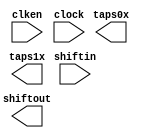
// megafunction wizard: %Shift register (RAM-based)%VBB%
// GENERATION: STANDARD
// VERSION: WM1.0
// MODULE: ALTSHIFT_TAPS 

// ============================================================
// Megafunction Name(s):
// 			ALTSHIFT_TAPS
//
// Simulation Library Files(s):
// 			altera_mf
// ============================================================
// ************************************************************
// THIS IS A WIZARD-GENERATED FILE. DO NOT EDIT THIS FILE!
//
// 20.1.0 Build 711 06/05/2020 SJ Lite Edition
// ************************************************************

//Copyright (C) 2020  Intel Corporation. All rights reserved.
//Your use of Intel Corporation's design tools, logic functions 
//and other software and tools, and any partner logic 
//functions, and any output files from any of the foregoing 
//(including device programming or simulation files), and any 
//associated documentation or information are expressly subject 
//to the terms and conditions of the Intel Program License 
//Subscription Agreement, the Intel Quartus Prime License Agreement,
//the Intel FPGA IP License Agreement, or other applicable license
//agreement, including, without limitation, that your use is for
//the sole purpose of programming logic devices manufactured by
//Intel and sold by Intel or its authorized distributors.  Please
//refer to the applicable agreement for further details, at
//https://fpgasoftware.intel.com/eula.

module Line_Shift_RAM_1Bit (
	clken,
	clock,
	shiftin,
	shiftout,
	taps0x,
	taps1x);

	input	  clken;
	input	  clock;
	input	[0:0]  shiftin;
	output	[0:0]  shiftout;
	output	[0:0]  taps0x;
	output	[0:0]  taps1x;
`ifndef ALTERA_RESERVED_QIS
// synopsys translate_off
`endif
	tri1	  clken;
`ifndef ALTERA_RESERVED_QIS
// synopsys translate_on
`endif

endmodule

// ============================================================
// CNX file retrieval info
// ============================================================
// Retrieval info: PRIVATE: ACLR NUMERIC "0"
// Retrieval info: PRIVATE: CLKEN NUMERIC "1"
// Retrieval info: PRIVATE: GROUP_TAPS NUMERIC "1"
// Retrieval info: PRIVATE: INTENDED_DEVICE_FAMILY STRING "Cyclone IV E"
// Retrieval info: PRIVATE: NUMBER_OF_TAPS NUMERIC "2"
// Retrieval info: PRIVATE: RAM_BLOCK_TYPE NUMERIC "1"
// Retrieval info: PRIVATE: SYNTH_WRAPPER_GEN_POSTFIX STRING "0"
// Retrieval info: PRIVATE: TAP_DISTANCE NUMERIC "640"
// Retrieval info: PRIVATE: WIDTH NUMERIC "1"
// Retrieval info: LIBRARY: altera_mf altera_mf.altera_mf_components.all
// Retrieval info: CONSTANT: INTENDED_DEVICE_FAMILY STRING "Cyclone IV E"
// Retrieval info: CONSTANT: LPM_HINT STRING "RAM_BLOCK_TYPE=M9K"
// Retrieval info: CONSTANT: LPM_TYPE STRING "altshift_taps"
// Retrieval info: CONSTANT: NUMBER_OF_TAPS NUMERIC "2"
// Retrieval info: CONSTANT: TAP_DISTANCE NUMERIC "640"
// Retrieval info: CONSTANT: WIDTH NUMERIC "1"
// Retrieval info: USED_PORT: clken 0 0 0 0 INPUT VCC "clken"
// Retrieval info: USED_PORT: clock 0 0 0 0 INPUT NODEFVAL "clock"
// Retrieval info: USED_PORT: shiftin 0 0 1 0 INPUT NODEFVAL "shiftin[0..0]"
// Retrieval info: USED_PORT: shiftout 0 0 1 0 OUTPUT NODEFVAL "shiftout[0..0]"
// Retrieval info: USED_PORT: taps0x 0 0 1 0 OUTPUT NODEFVAL "taps0x[0..0]"
// Retrieval info: USED_PORT: taps1x 0 0 1 0 OUTPUT NODEFVAL "taps1x[0..0]"
// Retrieval info: CONNECT: @clken 0 0 0 0 clken 0 0 0 0
// Retrieval info: CONNECT: @clock 0 0 0 0 clock 0 0 0 0
// Retrieval info: CONNECT: @shiftin 0 0 1 0 shiftin 0 0 1 0
// Retrieval info: CONNECT: shiftout 0 0 1 0 @shiftout 0 0 1 0
// Retrieval info: CONNECT: taps0x 0 0 1 0 @taps 0 0 1 0
// Retrieval info: CONNECT: taps1x 0 0 1 0 @taps 0 0 1 1
// Retrieval info: GEN_FILE: TYPE_NORMAL Line_Shift_RAM_1Bit.v TRUE
// Retrieval info: GEN_FILE: TYPE_NORMAL Line_Shift_RAM_1Bit.inc FALSE
// Retrieval info: GEN_FILE: TYPE_NORMAL Line_Shift_RAM_1Bit.cmp FALSE
// Retrieval info: GEN_FILE: TYPE_NORMAL Line_Shift_RAM_1Bit.bsf FALSE
// Retrieval info: GEN_FILE: TYPE_NORMAL Line_Shift_RAM_1Bit_inst.v TRUE
// Retrieval info: GEN_FILE: TYPE_NORMAL Line_Shift_RAM_1Bit_bb.v TRUE
// Retrieval info: LIB_FILE: altera_mf